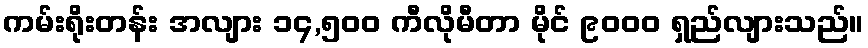
ကမ်းရိုးတန်း အလျား ၁၄,၅၀၀ ကီလိုမီတာ မိုင် ၉၀၀၀ ရှည်လျားသည်။